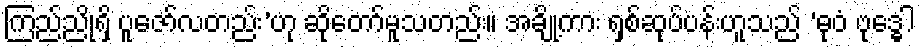
ကြည်ညိုရှိ ပူဇော်လတည်း’ဟု ဆိုတော်မူသတည်း။ အချို့ကား ရှစ်ဆုပ်ပန်းဟူသည် ‘ဓုဝံ ဗုဒ္ဓေါ